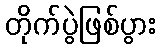
တိုက်ပွဲဖြစ်ပွား